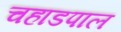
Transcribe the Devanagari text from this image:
चहाडपाल